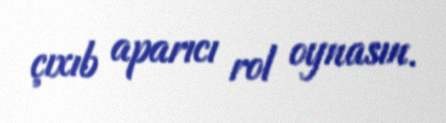
çıxıb aparıcı rol oynasın.